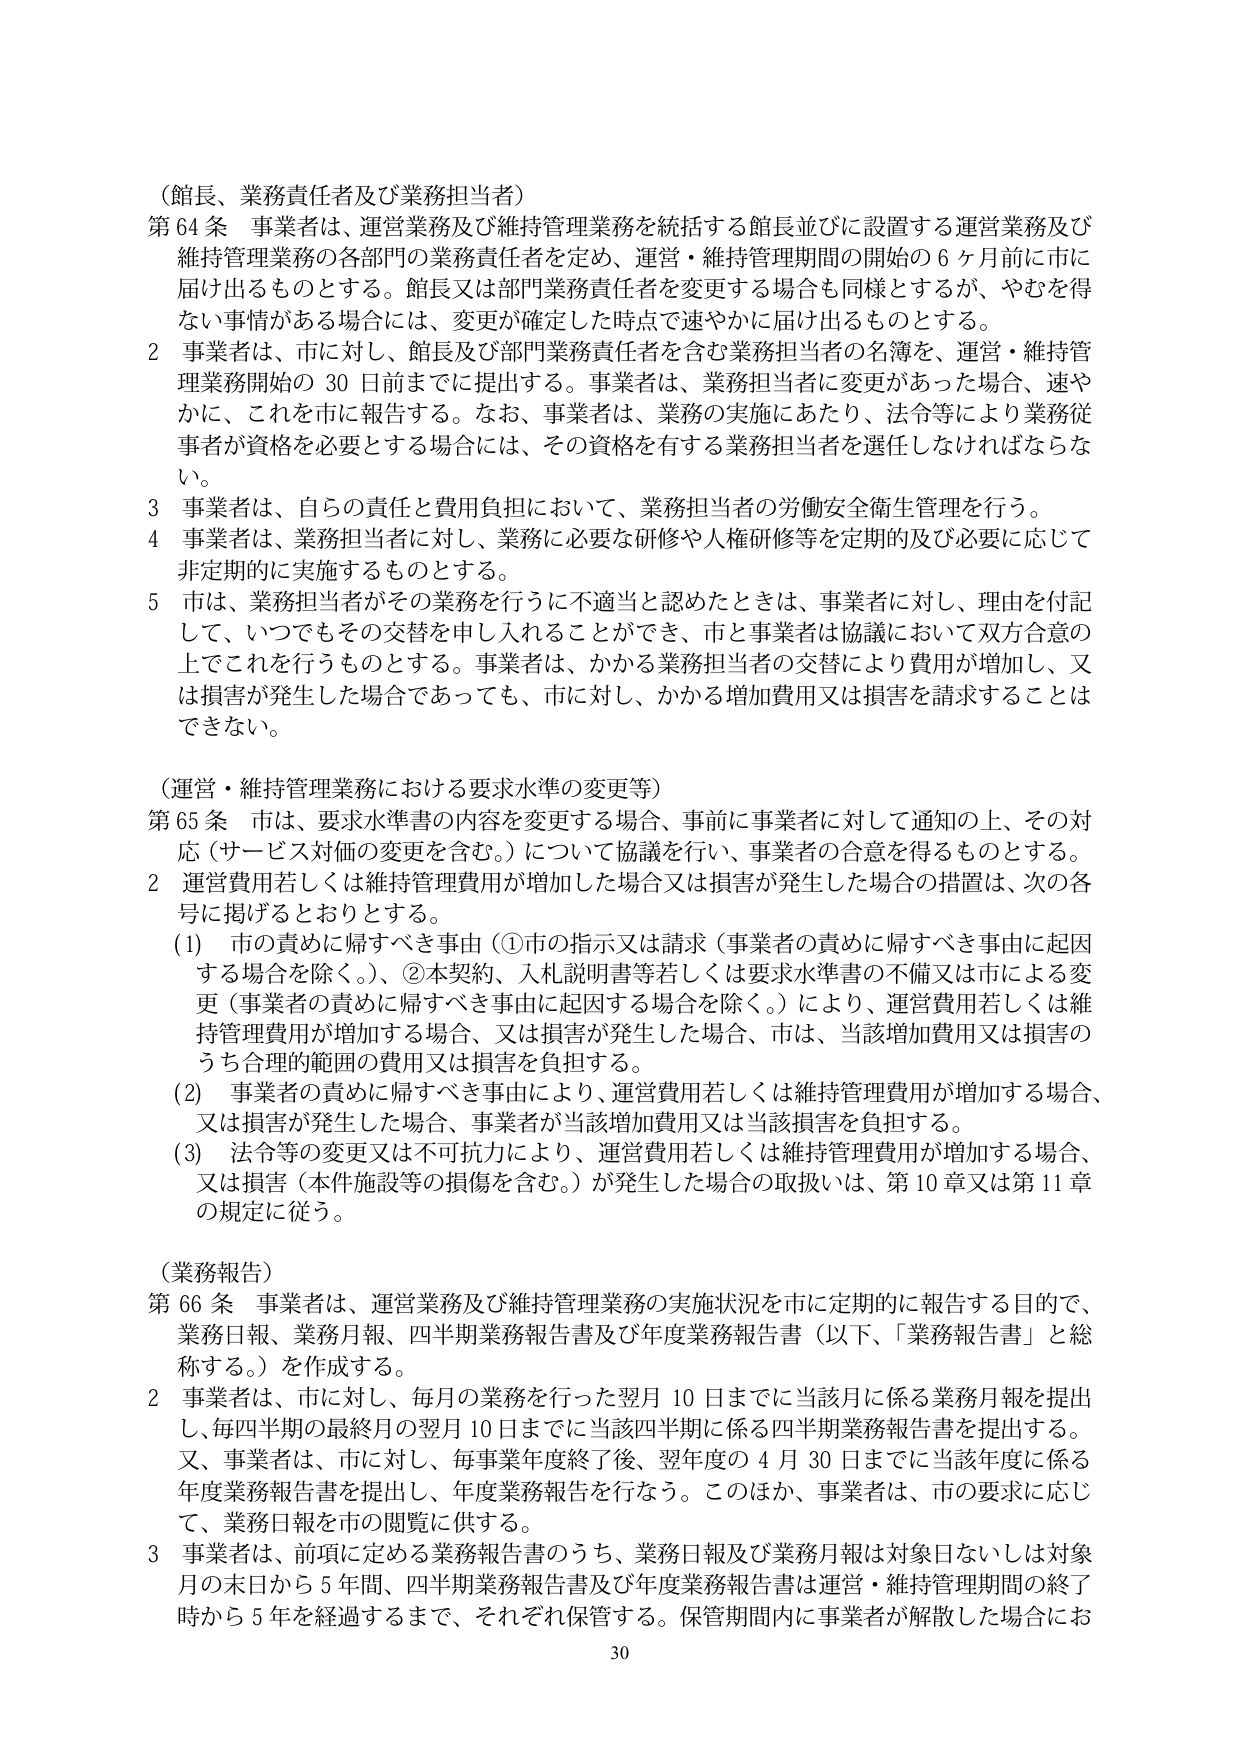
（館長、業務責任者及び業務担当者）
第64条 事業者は、運営業務及び維持管理業務を統括する館長並びに設置する運営業務及び維持管理業務の各部門の業務責任者を定め、運営・維持管理期間の開始の6ヶ月前に市に届け出るものとする。館長又は部門業務責任者を変更する場合も同様とするが、やむを得ない事情がある場合には、変更が確定した時点で速やかに届け出るものとする。
2 事業者は、市に対し、館長及び部門業務責任者を含む業務担当者の名簿を、運営・維持管理業務開始の30日前までに提出する。事業者は、業務担当者に変更があった場合、速やかに、これを市に報告する。なお、事業者は、業務の実施にあたり、法令等により業務従事者が資格を必要とする場合には、その資格を有する業務担当者を選任しなければならない。
3 事業者は、自らの責任と費用負担において、業務担当者の労働安全衛生管理を行う。
4 事業者は、業務担当者に対し、業務に必要な研修や人権研修等を定期的及び必要に応じて非定期的に実施するものとする。
5 市は、業務担当者がその業務を行うに不適当と認めたときは、事業者に対し、理由を付記して、いつでもその交替を申し入れることができ、市と事業者は協議において双方合意の上でこれを行うものとする。事業者は、かかる業務担当者の交替により費用が増加し、又は損害が発生した場合であっても、市に対し、かかる増加費用又は損害を請求することはできない。

（運営・維持管理業務における要求水準の変更等）
第65条 市は、要求水準書の内容を変更する場合、事前に事業者に対して通知の上、その対応（サービス対価の変更を含む。）について協議を行い、事業者の合意を得るものとする。
2 運営費用若しくは維持管理費用が増加した場合又は損害が発生した場合の措置は、次の各号に掲げるとおりとする。
(1) 市の責めに帰すべき事由（①市の指示又は請求（事業者の責めに帰すべき事由に起因する場合を除く。）、②本契約、入札説明書等若しくは要求水準書の不備又は市による変更（事業者の責めに帰すべき事由に起因する場合を除く。）により、運営費用若しくは維持管理費用が増加する場合、又は損害が発生した場合、市は、当該増加費用又は損害のうち合理的範囲の費用又は損害を負担する。
(2) 事業者の責めに帰すべき事由により、運営費用若しくは維持管理費用が増加する場合、又は損害が発生した場合、事業者が当該増加費用又は当該損害を負担する。
(3) 法令等の変更又は不可抗力により、運営費用若しくは維持管理費用が増加する場合、又は損害（本件施設等の損傷を含む。）が発生した場合の取扱いは、第10章又は第11章の規定に従う。

（業務報告）
第66条 事業者は、運営業務及び維持管理業務の実施状況を市に定期的に報告する目的で、業務日報、業務月報、四半期業務報告書及び年度業務報告書（以下、「業務報告書」と総称する。）を作成する。
2 事業者は、市に対し、毎月の業務を行った翌月10日までに当該月に係る業務月報を提出し、毎四半期の最終月の翌月10日までに当該四半期に係る四半期業務報告書を提出する。又、事業者は、市に対し、毎事業年度終了後、翌年度の4月30日までに当該年度に係る年度業務報告書を提出し、年度業務報告を行なう。このほか、事業者は、市の要求に応じて、業務日報を市の閲覧に供する。
3 事業者は、前項に定める業務報告書のうち、業務日報及び業務月報は対象日ないしは対象月の末日から5年間、四半期業務報告書及び年度業務報告書は運営・維持管理期間の終了時から5年を経過するまで、それぞれ保管する。保管期間内に事業者が解散した場合にお

30